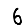
Digit: 6